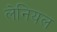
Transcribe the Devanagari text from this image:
लेनियल